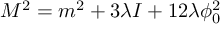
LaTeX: M ^ { 2 } = m ^ { 2 } + 3 \lambda I + 1 2 \lambda \phi _ { 0 } ^ { 2 }